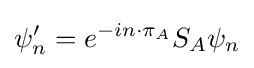
\psi '_{n}=e^{-in\cdot \pi _{A}}S_{A}\psi _{n}